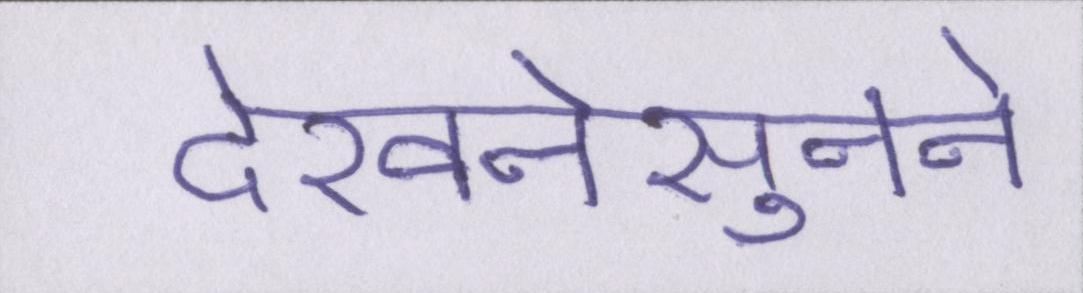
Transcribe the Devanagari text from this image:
देखनेसुनने